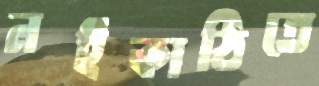
নইকাঠিতে